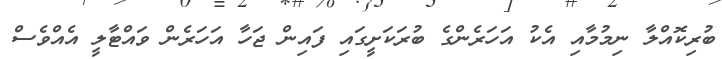
ބުރިކޮއްލާ ނިމުމާއި އެކު އަހަރެންގެ ބުރަކަށީގައި ފައިން ޖަހާ އަހަރެން ވައްޓާލީ އެއްވެސް